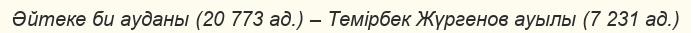
Әйтеке би ауданы (20 773 ад.) – Темірбек Жүргенов ауылы (7 231 ад.)